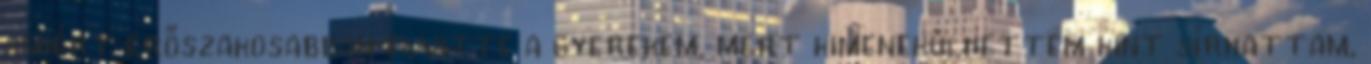
amiért erőszakosabban elvitte a gyerekem, mert kimenekülhettem kint sírhattam,